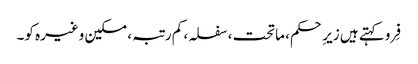
فِرو کہتے ہیں زیرِ حکم، ماتحت، سفلہ، کم رتبہ، مسکین وغیرہ کو۔